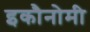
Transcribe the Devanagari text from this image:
इकौनोमी